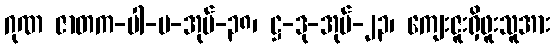
ဂုဏ ဇာတက-ပါ-ပ-အုပ်-၃၈၊ ဋ္ဌ-ဒု-အုပ်-၂၃၊ ကျေးဇူးရှိဖူးသူအား